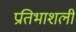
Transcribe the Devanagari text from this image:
प्रतिभाशली